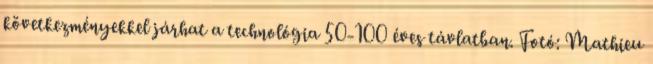
következményekkel járhat a technológia 50-100 éves távlatban. Fotó: Mathieu